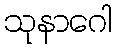
သုနာဂေါ